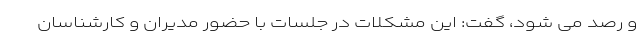
و رصد می شود، گفت: این مشکلات در جلسات با حضور مدیران و کارشناسان